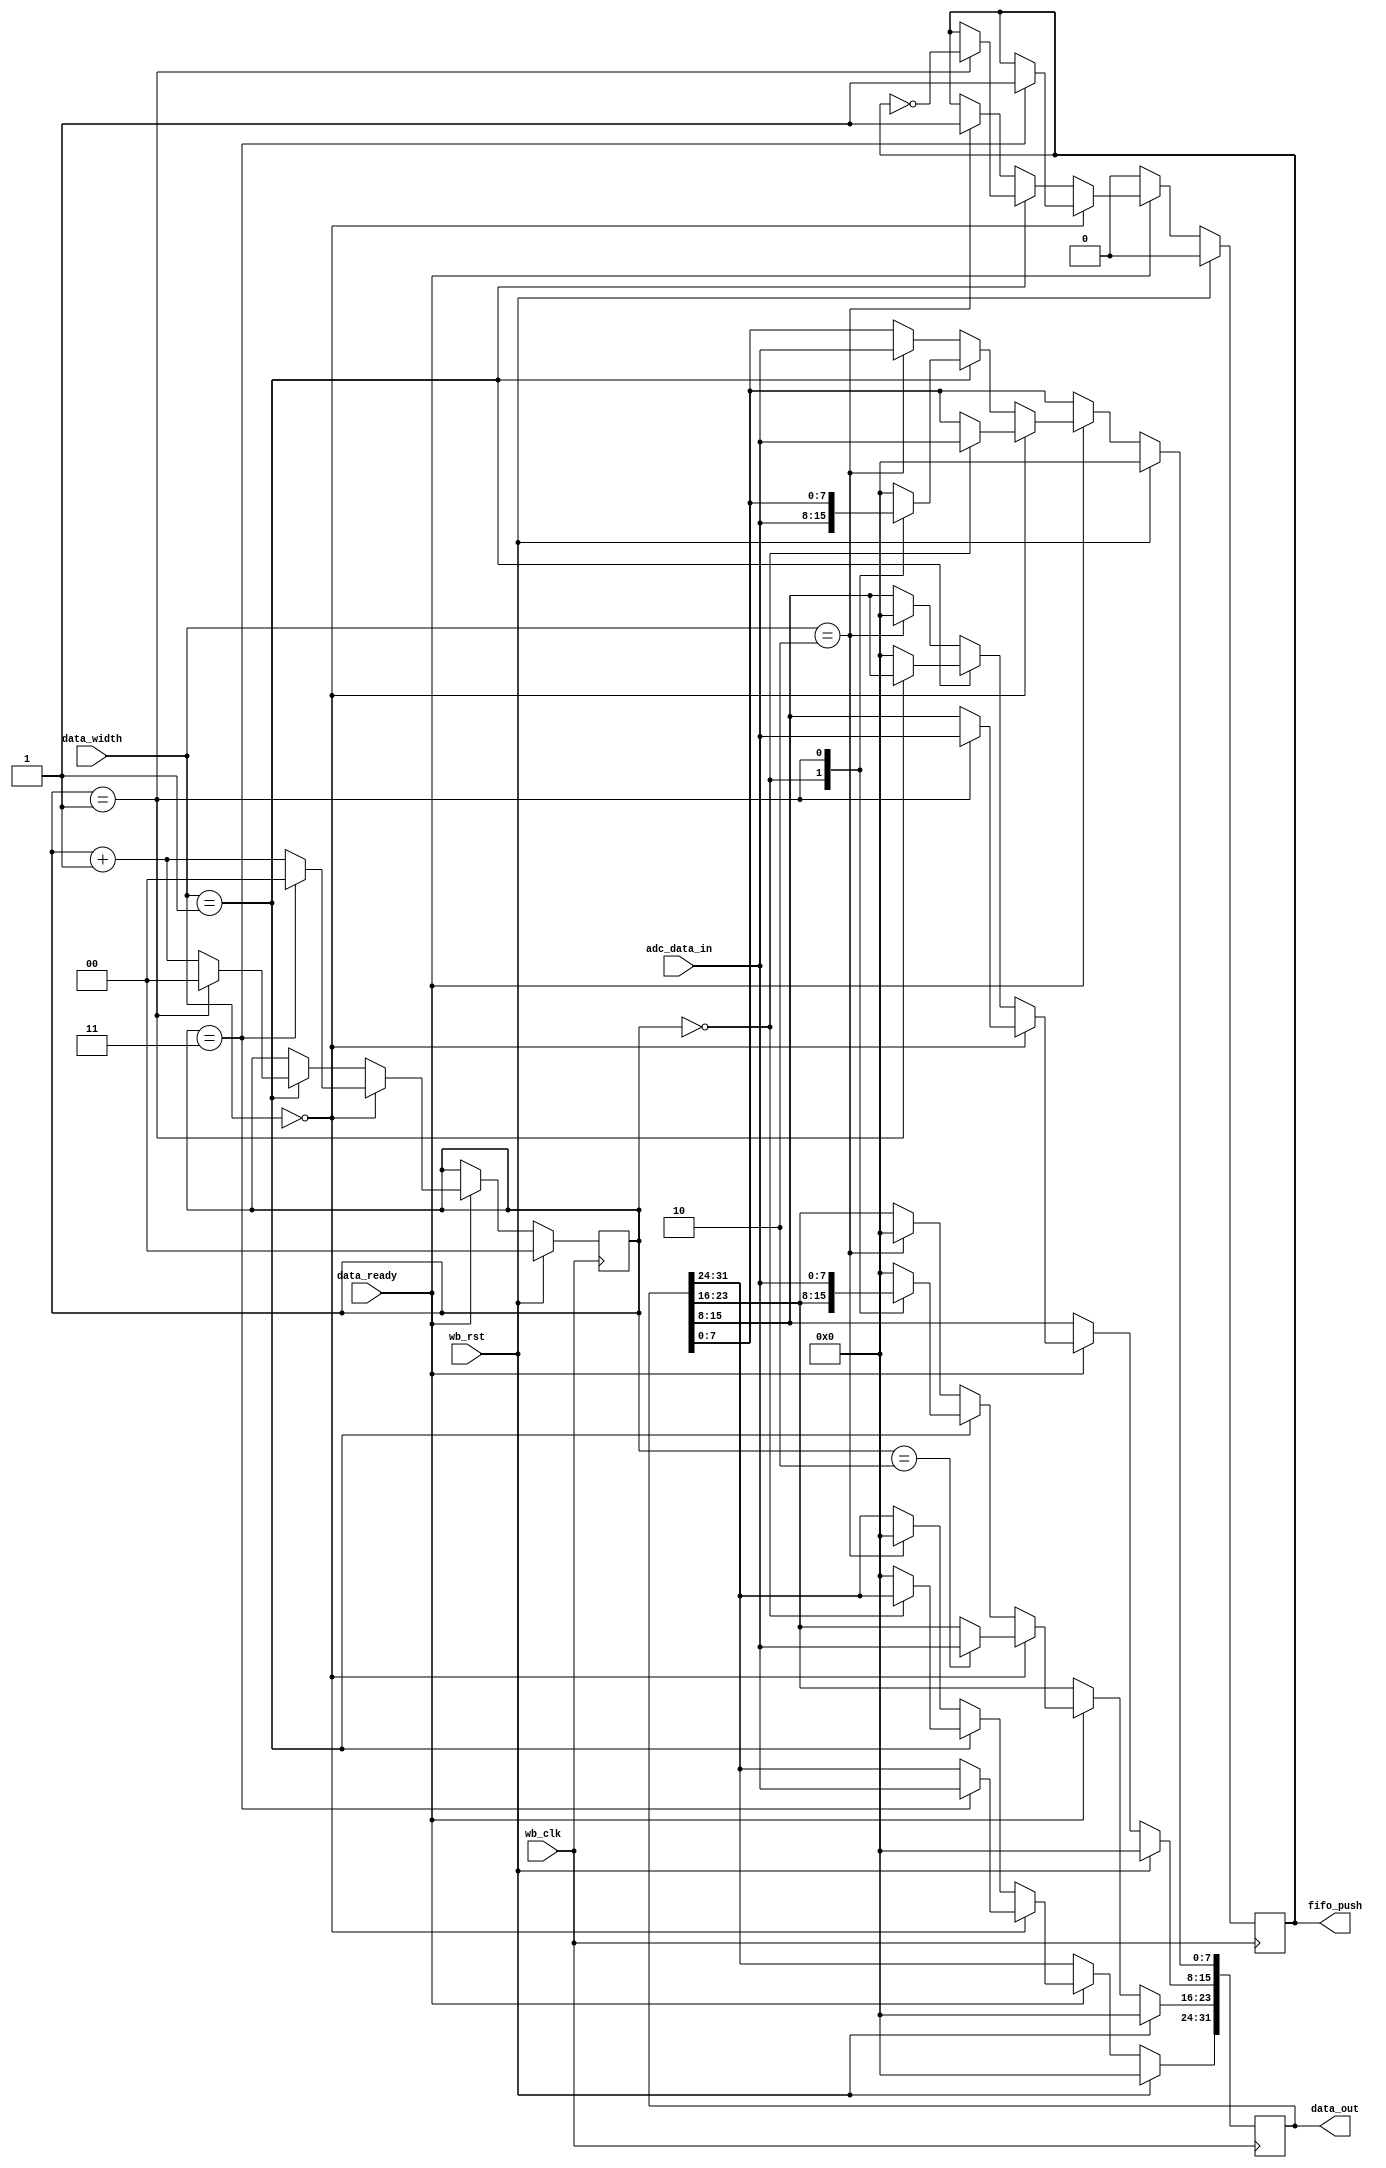
module wb_daq_data_aggregation (/*AUTOARG*/
   // Outputs
   data_out, fifo_push,
   // Inputs
   wb_clk, wb_rst, data_ready, data_width, adc_data_in
   ) ;

   parameter dw = 32;
   parameter adc_dw = 8;
   
   input wb_clk;
   input wb_rst;

   input data_ready;
   input [1:0] data_width;
   input [adc_dw-1:0] adc_data_in;   
   output reg [dw-1:0] data_out;
   output reg          fifo_push;
   reg [1:0]           byte_location;

   
   always @(posedge wb_clk)
     if (wb_rst) begin
        data_out <= 0;
        byte_location <= 0;  
        fifo_push <= 0;        
     end else begin
        if (data_ready) begin
           if (data_width == 0) begin
              // 8 bits from ADC to 32 bits to FIFO
              case (byte_location)
                0: data_out[07:00] <= adc_data_in;                
                1: data_out[15:08] <= adc_data_in;                
                2: data_out[23:16] <= adc_data_in;                
                3: data_out[31:24] <= adc_data_in;                
                default: data_out <= 0;             
              endcase // case (byte_location)
              
              byte_location <= byte_location + 1;
              if (byte_location == 3) begin
                 fifo_push <= 1;                 
                 byte_location <= 0;              
              end
              
           end else if (data_width == 1) begin // if (data_width == 0)
              // 16 bits from ADC to 32 bits to FIFO

              case (byte_location)
                0: data_out[15:00] <= adc_data_in;                
                1: data_out[31:16] <= adc_data_in;                
                default: data_out <= 0;             
              endcase // case (byte_location)
              
              byte_location <= byte_location + 1;
              if (byte_location == 1) begin
                 fifo_push <= 1 & !fifo_push;                 
                 byte_location <= 0;              
              end 
              
           end else if (data_width == 2) begin // if (data_width == 1)
              data_out <= adc_data_in;
              fifo_push <= 1;
           end                                 
        end else begin
        fifo_push <= 1'b0;
        end // else: !if(aggregate_data)        
     end // else: !if(wb_rst)
   
   
endmodule